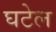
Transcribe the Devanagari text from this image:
घटेल